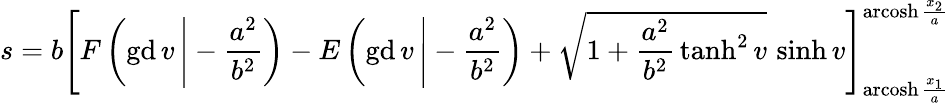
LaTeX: s=b\left[F\left(\operatorname{gd}v\, {\Biggr|}-{\frac{a^{2}}{b^{2}}}\right)-E\left(\operatorname{gd}v\, {\Biggr|}-{\frac{a^{2}}{b^{2}}}\right)+{\sqrt{1+{\frac{a^{2}}{b^{2}}}\operatorname{tanh}^{2}v}}\, \sinh v\right]_{\operatorname{arcosh}{\frac{x_{1}}{a}}}^{\operatorname{arcosh}{\frac{x_{2}}{a}}}